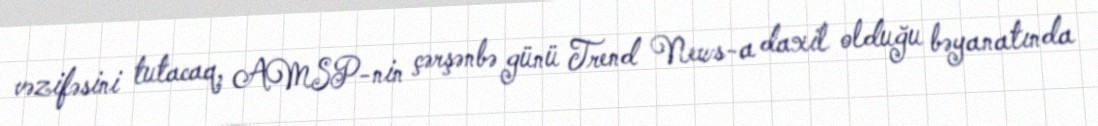
vəzifəsini tutacaq, AMSP-nin çərşənbə günü Trend News-a daxil olduğu bəyanatında